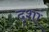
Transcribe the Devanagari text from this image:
दृशां